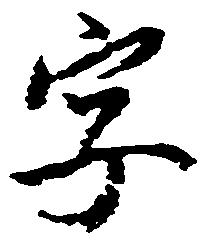
字